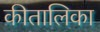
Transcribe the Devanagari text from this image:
कीतालिका